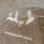
طبلة